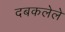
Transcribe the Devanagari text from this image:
दबकलेले